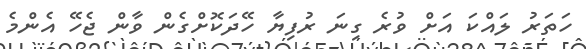
ހަތަރު ލައްކަ އަށް ވުރެ ގިނަ ރުފިޔާ ހޭދަކޮށްގެން ވާން ޖެހޭ އެންމެ